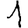
Digit: 1